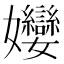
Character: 𭒵